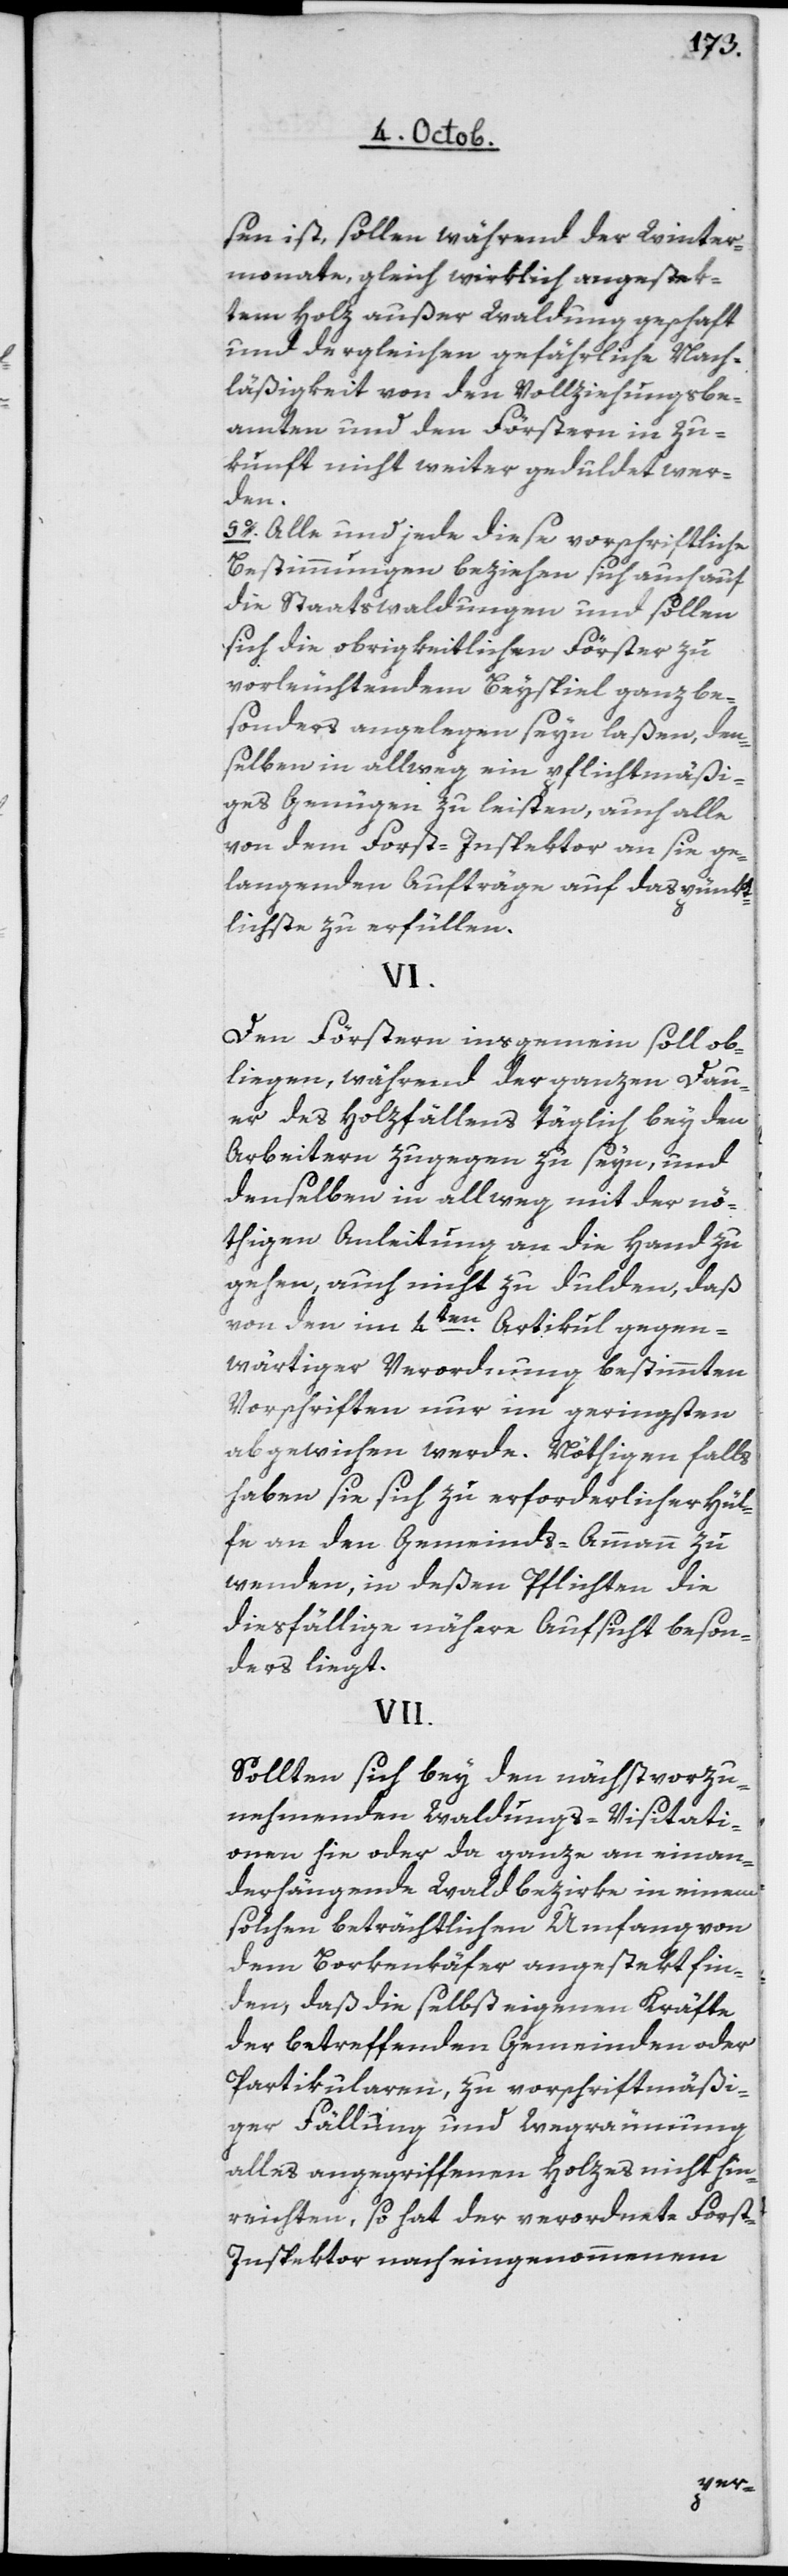
sen ist, sollen während der Winter¬
monate, gleich wirklich angestek¬
tem Holz außer Waldung geschafft
und dergleichen gefährliche Nach¬
läßigkeit von den Vollziehungsbe¬
amten und den Förstern in Zu¬
kunft nicht weiter geduldet wer¬
den.
5o Alle und jede diese vorschriftliche
Bestimmungen beziehen sich auch auf
die Staatswaldungen und sollen
sich die obrigkeitlichen Förster zu
vorleuchtendem Beyspiel ganz be¬
sonders angelegen seyn laßen, den¬
selben in allweg ein pflichtmäßi¬
ges Genügen zu leisten, auch alle
von dem Forst-Inspektor an sie ge¬
langenden Aufträge auf das pünkt¬
lichste zu erfüllen.
VI.
Den Förstern insgemein soll ob¬
liegen, während der ganzen Dau¬
er des Holzfällens täglich bey den
Arbeitern zugegen zu seyn, und
denselben in allweg mit der nö¬
thigen Anleitung an die Hand zu
gehen, auch nicht zu dulden, daß
von den im 4ten Artikel gegen¬
wärtiger Verordnung bestimmten
Vorschriften nur im geringsten
abgewichen werde. Nötigenfalls
haben sie sich zu erforderlicher Hül¬
fe an den Gemeinds-Ammann zu
wenden, in deßen Pflichten die
diesfällige nähere Aufsicht beson¬
ders liegt.
VII.
Sollten sich bey den nächst vorzu¬
nehmenden Waldungs-Visitati¬
onen hie oder da ganze aneinan¬
der hängende Waldbezirke in einem
solchen beträchtlichen Umfang von
dem Borkenkäfer angestekt fin¬
den, daß die selbst eigenen Kräfte
der betreffenden Gemeinden oder
Partikularen, zu vorschriftsmäßi¬
ger Fällung und Wegräumung
alles angegriffenen Holzes nicht hin¬
reichten, so hat der verordnete Forst-I¬
nspektor nach eingenommenem